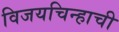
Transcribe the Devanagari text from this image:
विजयचिन्हाची